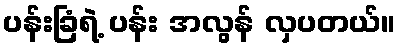
ပန်းခြံရဲ့ ပန်း အလွန် လှပတယ်။